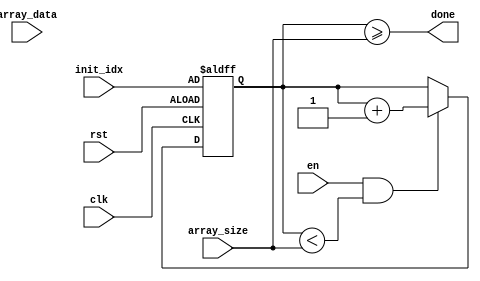
module array_traversal(
    input wire clk,
    input wire rst,
    input wire en,
    input wire [31:0] init_idx,
    input wire [31:0] array_size,
    input wire [31:0] array_data,
    output wire done
);

reg [31:0] idx;

always @(posedge clk or posedge rst) begin
    if (rst) begin
        idx <= init_idx;
    end else if (en && idx < array_size) begin
        // Perform operation on array element at idx
        // Example: array_data[idx] = array_data[idx] + 1;
        
        idx <= idx + 1;
    end
end

assign done = (idx >= array_size);

endmodule